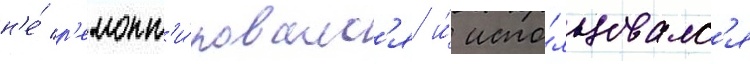
н'е́ р'емонт'и́ровалс'я и́ испо́льзовалс'я